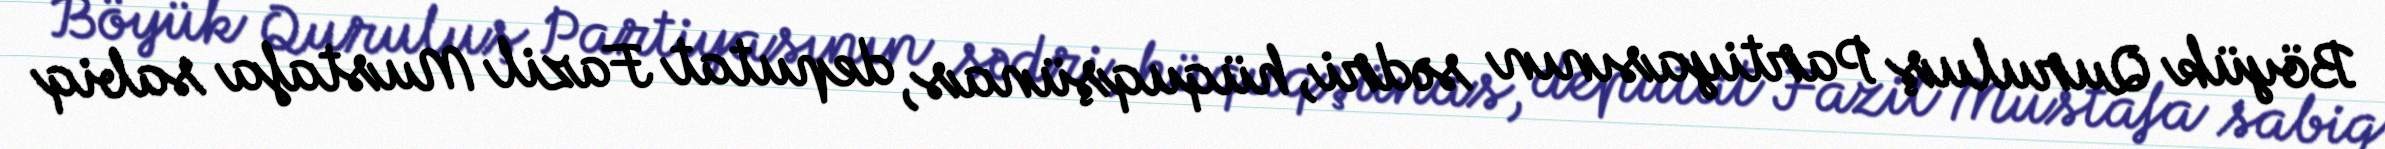
Böyük Quruluş Partiyasının sədri, hüquqşünas, deputat Fazil Mustafa sabiq